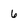
Character: 6